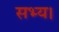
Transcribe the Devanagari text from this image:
सभ्य।